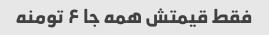
فقط قیمتش همه جا ۶ تومنه